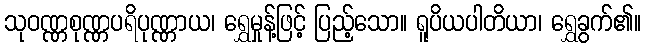
သုဝဏ္ဏစုဏ္ဏပရိပုဏ္ဏာယ၊ ရွှေမှုန့်ဖြင့် ပြည့်သော။ ရူပိယပါတိယာ၊ ရွှေခွက်၏။